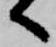
へ